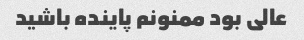
عالی بود ممنونم پاینده باشید